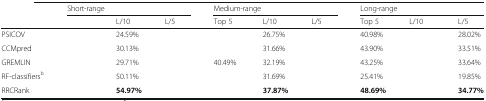
<table><thead><tr><td rowspan="2">[EMPTY_CELL]</td><td colspan="3"><b>Short-range</b></td><td colspan="3"><b>Medium-range</b></td><td colspan="3"><b>Long-range</b></td></tr><tr><td>[EMPTY_CELL]</td><td><b>L/10</b></td><td><b>L/5</b></td><td><b>Top 5</b></td><td><b>L/10</b></td><td><b>L/5</b></td><td><b>Top 5</b></td><td><b>L/10</b></td><td><b>L/5</b></td></tr></thead><tbody><tr><td>PSICOV</td><td>[EMPTY_CELL]</td><td>24.59%</td><td>[EMPTY_CELL]</td><td>[EMPTY_CELL]</td><td>26.75%</td><td>[EMPTY_CELL]</td><td>40.98%</td><td>[EMPTY_CELL]</td><td>28.02%</td></tr><tr><td>CCMpred</td><td>[EMPTY_CELL]</td><td>30.13%</td><td>[EMPTY_CELL]</td><td>[EMPTY_CELL]</td><td>31.66%</td><td>[EMPTY_CELL]</td><td>43.90%</td><td>[EMPTY_CELL]</td><td>33.51%</td></tr><tr><td>GREMLIN</td><td>[EMPTY_CELL]</td><td>29.71%</td><td>[EMPTY_CELL]</td><td>40.49%</td><td>32.19%</td><td>[EMPTY_CELL]</td><td>43.25%</td><td>[EMPTY_CELL]</td><td>33.64%</td></tr><tr><td>RF-classifiers<sup>b</sup></td><td>[EMPTY_CELL]</td><td>50.11%</td><td>[EMPTY_CELL]</td><td>[EMPTY_CELL]</td><td>31.69%</td><td>[EMPTY_CELL]</td><td>25.41%</td><td>[EMPTY_CELL]</td><td>19.85%</td></tr><tr><td>RRCRank</td><td>[EMPTY_CELL]</td><td><b>54.97%</b></td><td>[EMPTY_CELL]</td><td>[EMPTY_CELL]</td><td><b>37.87%</b></td><td>[EMPTY_CELL]</td><td><b>48.69%</b></td><td>[EMPTY_CELL]</td><td><b>34.77%</b></td></tr></tbody></table>